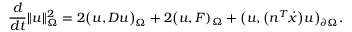
\frac { d } { d t } \| u \| _ { \Omega } ^ { 2 } = 2 \big ( u , D u \big ) _ { \Omega } + 2 \big ( u , F ) _ { \Omega } + \big ( u , \big ( n ^ { T } \dot { x } \big ) u \big ) _ { \partial \Omega } .